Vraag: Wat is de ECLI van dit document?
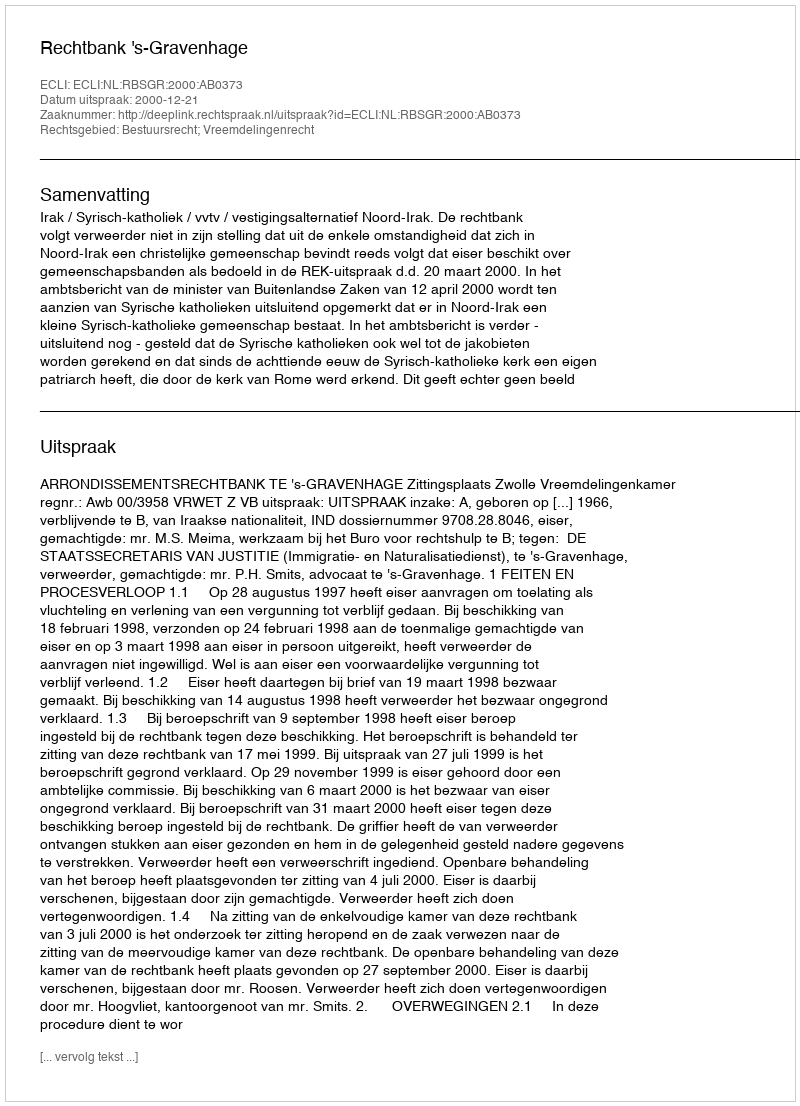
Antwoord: ECLI:NL:RBSGR:2000:AB0373